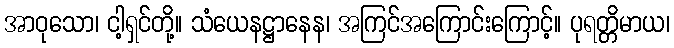
အာဝုသော၊ ငါ့ရှင်တို့။ သံယေနဋ္ဌာနေန၊ အကြင်အကြောင်းကြောင့်။ ပုရတ္တိမာယ၊